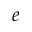
e